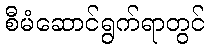
စီမံဆောင်ရွက်ရာတွင်